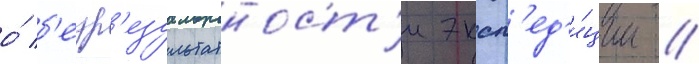
о́ б'езр'езультатност'и эксп'ед'и́ции /